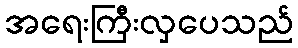
အရေးကြီးလှပေသည်